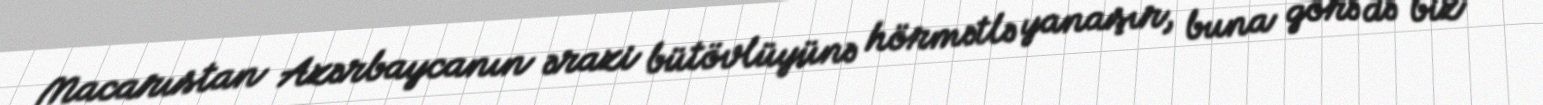
Macarıstan Azərbaycanın ərazi bütövlüyünə hörmətlə yanaşır, buna görə də biz